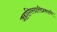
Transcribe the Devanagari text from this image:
जहागिरदारीप्रमाणे